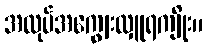
အလုပ်အကျွေးလှူရကျိုး။